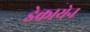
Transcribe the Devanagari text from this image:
डेकायेन